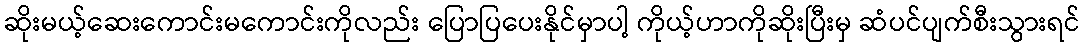
ဆိုးမယ့်ဆေးကောင်းမကောင်းကိုလည်း ပြောပြပေးနိုင်မှာပါ့ ကိုယ့်ဟာကိုဆိုးပြီးမှ ဆံပင်ပျက်စီးသွားရင်